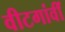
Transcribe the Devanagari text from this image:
वीटगांवीं